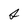
Character: s